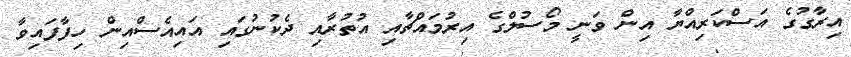
އިރާގުގެ އަސްކަރިއްޔާ އިން ވަނީ މޯސުލްގެ އިރުމައްޗާއި އުތުރާއި ދެކުނުގައި އައިއެސްއިން ހިފާފައިވާ